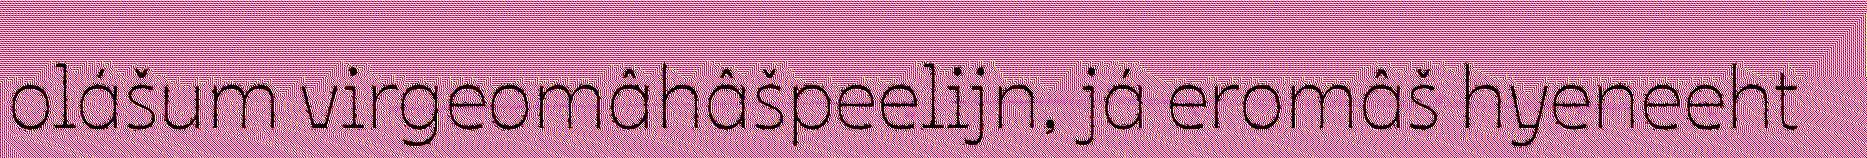
olášum virgeomâhâšpeelijn, já eromâš hyeneeht